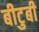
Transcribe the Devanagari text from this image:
बीटुबी